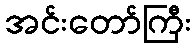
အင်းတော်ကြီး